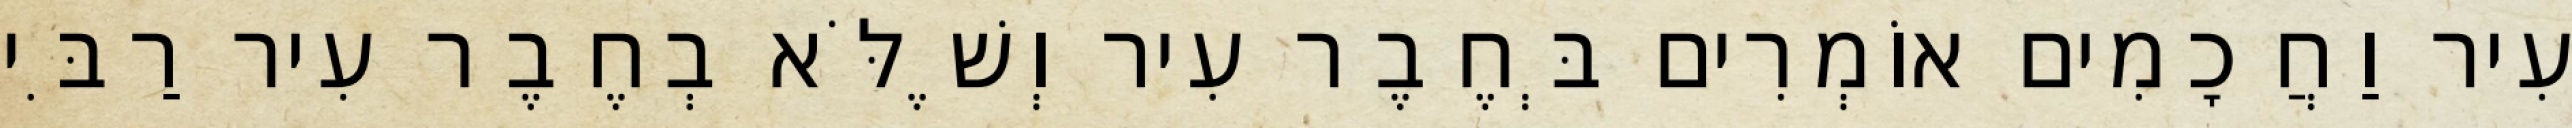
עִיר וַחֲכָמִים אוֹמְרִים בְּחֶבֶר עִיר וְשֶׁלֹּא בְחֶבֶר עִיר רַבִּי